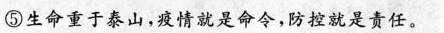
⑤生命重于泰山，疫情就是命令，防控就是责任。